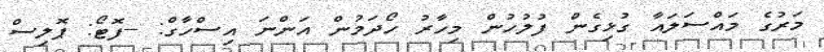
މަރުގެ މައްސަލައާ ގުޅިގެން ފުލުހުން މިހާރު ހޯދަމުން އަންނަ އިސްހާގް: --ފޮޓޯ: ޕޮލިސް